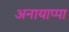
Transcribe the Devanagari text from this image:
अनायाप्पा